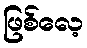
ဖြစ်လေ့